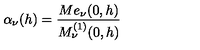
\alpha _ { \nu } ( h ) = \frac { M e _ { \nu } ( 0 , h ) } { M _ { \nu } ^ { ( 1 ) } ( 0 , h ) }